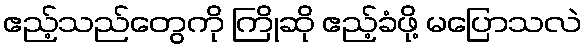
ဧည့်သည်တွေကို ကြိုဆို ဧည့်ခံဖို့ မပြောသလဲ